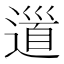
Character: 𨕥